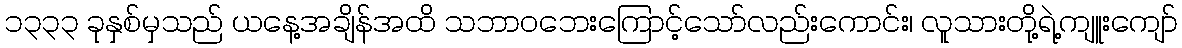
၁၃၃၃ ခုနှစ်မှသည် ယနေ့အချိန်အထိ သဘာဝဘေးကြောင့်သော်လည်းကောင်း၊ လူသားတို့ရဲ့ကျူးကျော်